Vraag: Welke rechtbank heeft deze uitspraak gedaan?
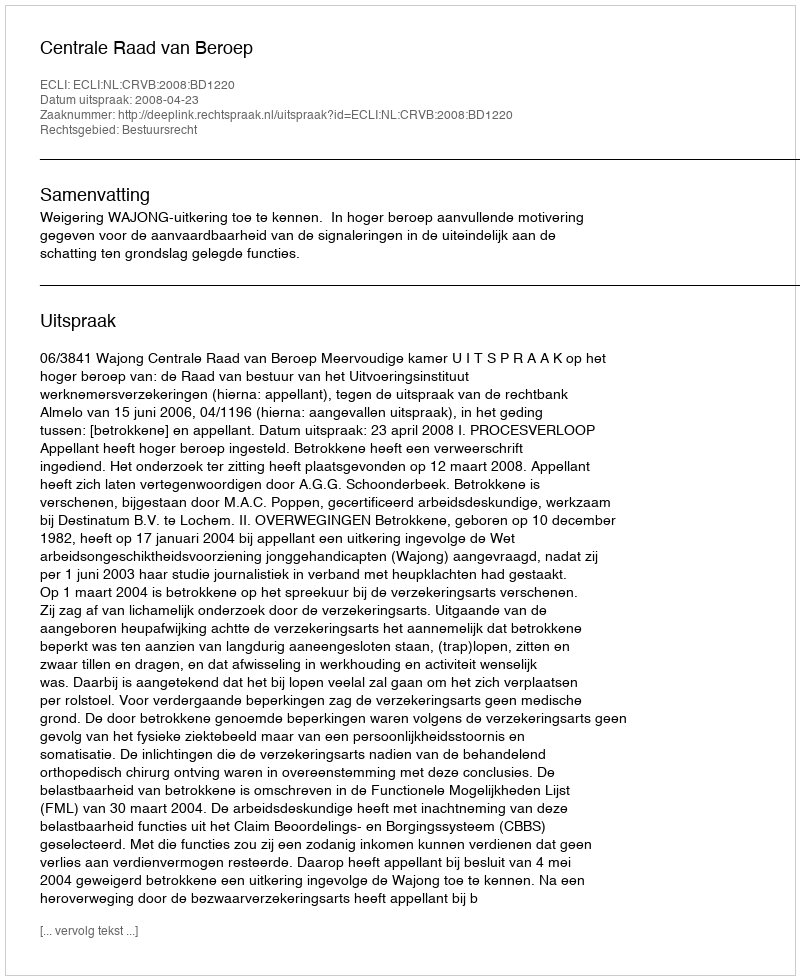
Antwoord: Centrale Raad van Beroep